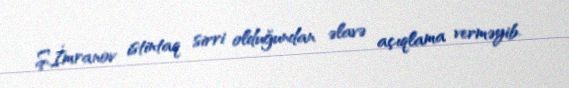
Ş.İmranov istintaq sirri olduğundan əlavə açıqlama verməyib.